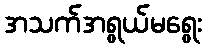
အသက်အရွယ်မရွေး